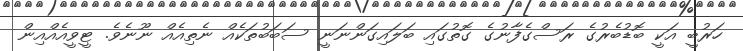
ހަރުބީ އަކީ ބޮޑުބެރުގެ ރަސްގެފާނުގެ ގޮތުގައި ބަލައިގަންނަނީ ސަބަބުތަކެއް ނެތިއެއް ނޫނެވެ. ޓީވީއެއްއިން